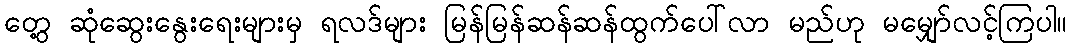
တွေ့ ဆုံဆွေးနွေးရေးများမှ ရလဒ်များ မြန်မြန်ဆန်ဆန်ထွက်ပေါ်လာ မည်ဟု မမျှော်လင့်ကြပါ။